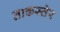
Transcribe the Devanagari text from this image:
ताकस्तेर